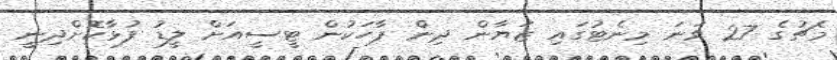
މެޗުގެ 27 ވަނަ މިނެޓުގައި ޒަޔާން ދިން ޕާހަކުން ޓީސީއަށް ލީޑު ފުޅާކޮށްދިނީ